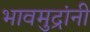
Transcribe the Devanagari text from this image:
भावमुद्रांनी